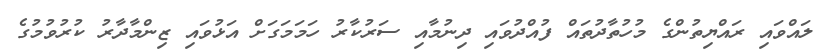
ލައްވައި ރައްޔިތުންގެ މުހުތާދުތައް ފުއްދުވައި ދިނުމާއި ސަރުކާރު ހަމަމަގަށް އަޅުވައި ޒިންމާދާރު ކުރުވުމުގެ